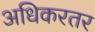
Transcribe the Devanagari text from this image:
अधिकरतर